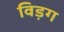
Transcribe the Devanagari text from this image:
विड़ग